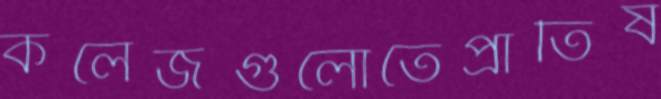
কলেজগুলোতেপ্রাতিষ